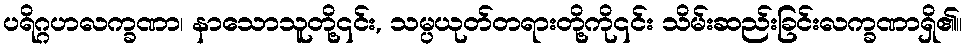
ပရိဂ္ဂဟလက္ခဏာ၊ နာသောသူတို့၎င်း, သမ္ပယုတ်တရားတို့ကို၎င်း သိမ်းဆည်းခြင်းလက္ခဏာရှိ၏။